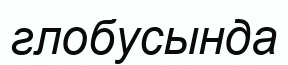
глобусында